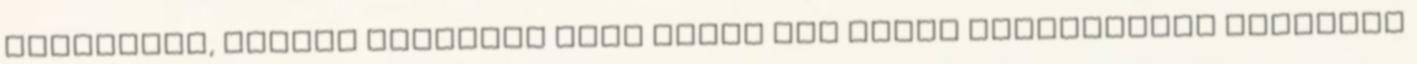
színekkel, öreges ruhákkal vagy éppen egy fehér harisnyával rontotta